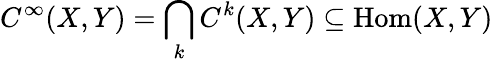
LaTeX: C^{\infty}(X,Y)=\bigcap_{k}C^{k}(X,Y)\subseteq{\mathrm{Hom}}(X,Y)